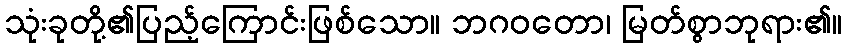
သုံးခုတို့၏ပြည့်ကြောင်းဖြစ်သော။ ဘဂဝတော၊ မြတ်စွာဘုရား၏။